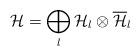
LaTeX: \begin{align*}{\cal H}= \bigoplus_{l} {\cal H}_{l} \otimes \overline{\cal H}_{l}\end{align*}